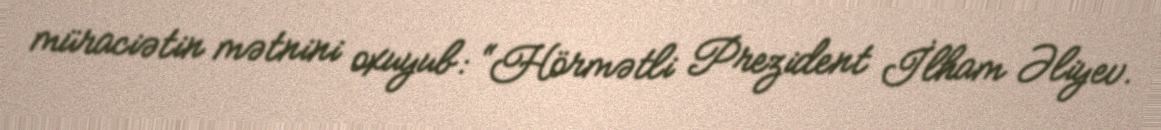
müraciətin mətnini oxuyub: “Hörmətli Prezident İlham Əliyev.